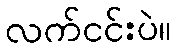
လက်ငင်းပဲ။